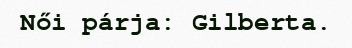
Női párja: Gilberta.